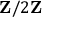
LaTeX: \mathbf { Z } / 2 \mathbf { Z }